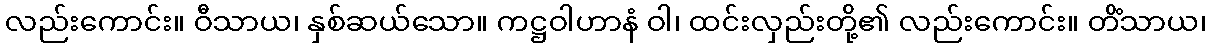
လည်းကောင်း။ ဝီသာယ၊ နှစ်ဆယ်သော။ ကဋ္ဌဝါဟာနံ ဝါ၊ ထင်းလှည်းတို့၏ လည်းကောင်း။ တိံသာယ၊